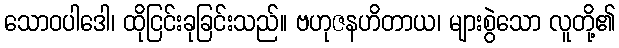
သောဝပါဒေါ၊ ထိုငြင်းခုခြင်းသည်။ ဗဟုဇနဟိတာယ၊ များစွဲသော လူတို့၏